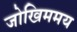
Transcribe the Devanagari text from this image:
जोखिममय